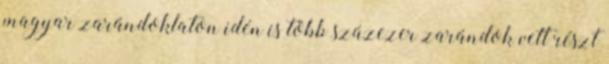
magyar zarándoklaton idén is több százezer zarándok vett részt